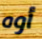
أوه